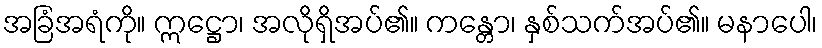
အခြံအရံကို။ ဣဋ္ဌော၊ အလိုရှိအပ်၏။ ကန္တော၊ နှစ်သက်အပ်၏။ မနာပေါ၊